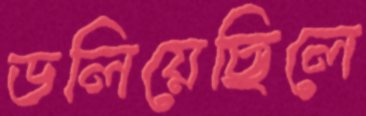
ডলিয়েছিলে